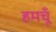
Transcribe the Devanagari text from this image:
हमचूँ